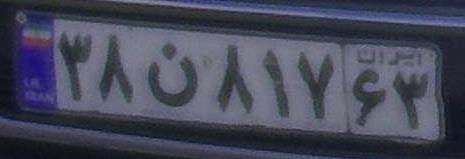
۳۸ن۸۱۷۶۳